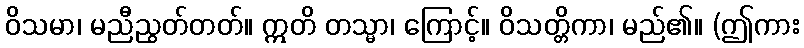
ဝိသမာ၊ မညီညွတ်တတ်။ ဣတိ တသ္မာ၊ ကြောင့်။ ဝိသတ္တိကာ၊ မည်၏။ (ဤကား